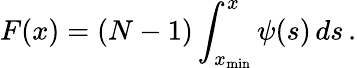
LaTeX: F(x)=(N-1)\int_{x_{\mathrm{min}}}^{x}\psi(s)\, ds\, .